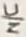
Text: N/C